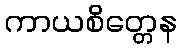
ကာယစိတ္တေန